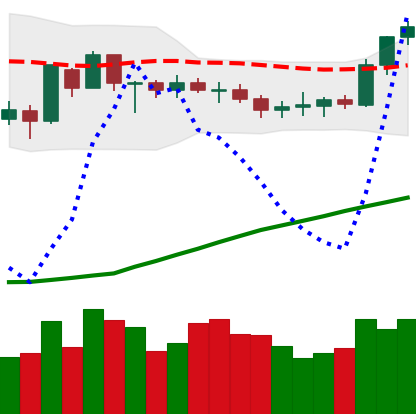
Ticker: BTC-USD
Chart end date: 2020-07-23
Forward return: 13.9%
Label: up_7plus